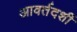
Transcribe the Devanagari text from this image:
आवर्तदर्शी